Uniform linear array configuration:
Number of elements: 16
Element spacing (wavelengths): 1
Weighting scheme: hann
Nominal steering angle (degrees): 0
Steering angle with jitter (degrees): -0.5954
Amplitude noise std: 0.05
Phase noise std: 0.05

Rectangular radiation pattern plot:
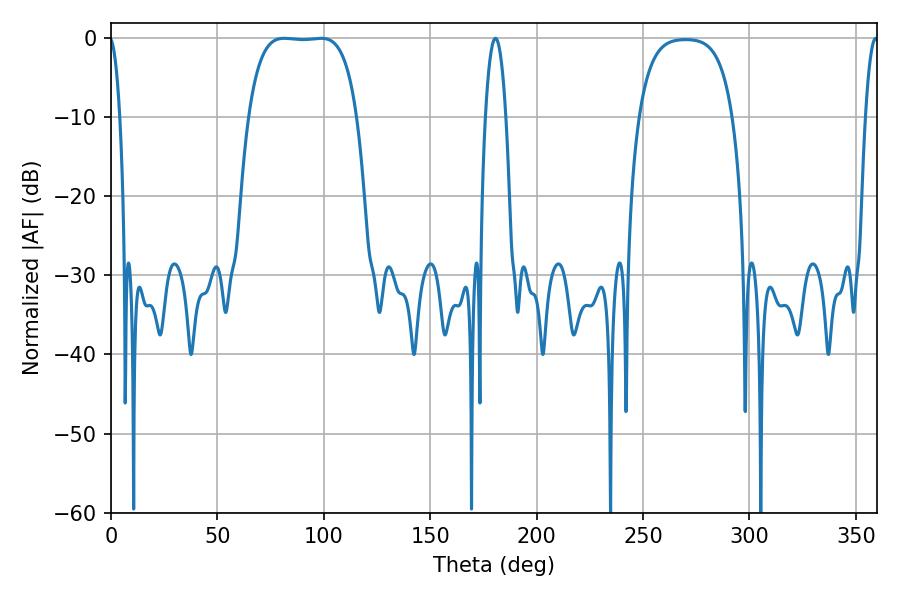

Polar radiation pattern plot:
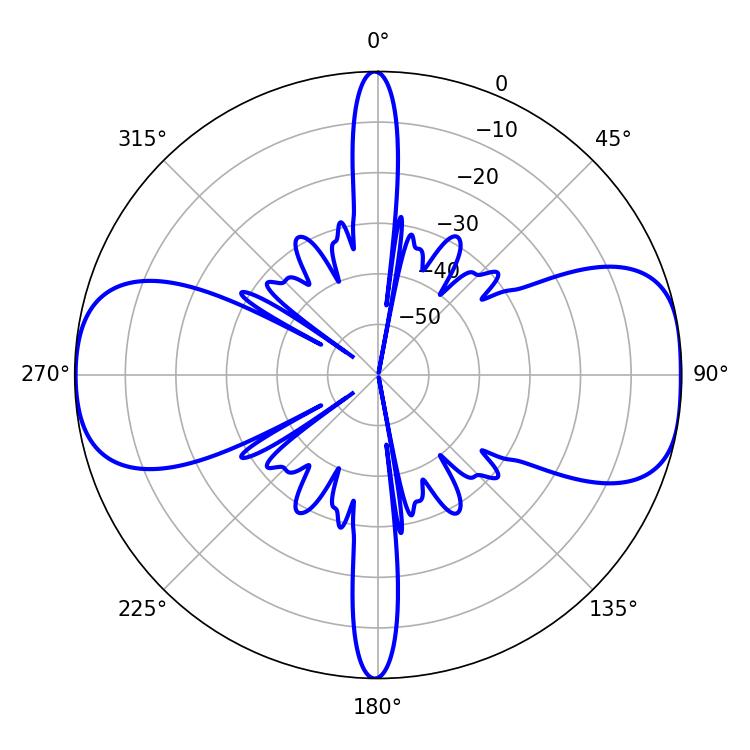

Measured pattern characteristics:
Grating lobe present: TRUE
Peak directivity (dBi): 11.008
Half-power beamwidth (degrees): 39.6
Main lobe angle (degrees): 81.36